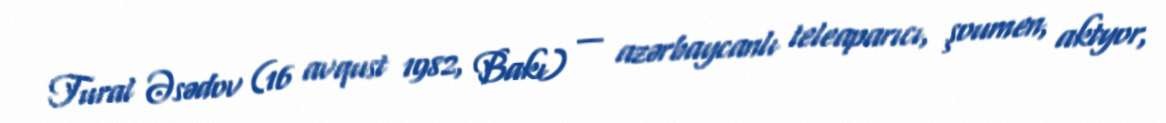
Tural Əsədov (16 avqust 1982, Bakı) — azərbaycanlı teleaparıcı, şoumen, aktyor,